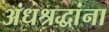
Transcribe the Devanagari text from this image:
अंधश्रद्धांना